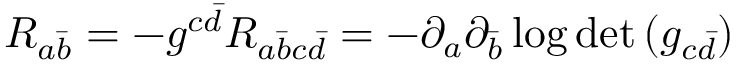
R _ { a { \bar { b } } } = - g ^ { c { \bar { d } } } R _ { a { \bar { b } } c { \bar { d } } } = - \partial _ { a } \partial _ { \bar { b } } \log { \operatorname * { d e t } { ( g _ { c { \bar { d } } } ) } }